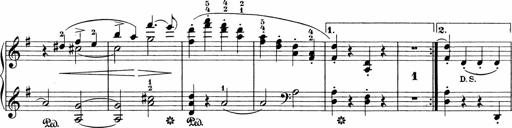
Title: Sonatinen Op.47, 98 und 136, nebst 6 Liedersonatinen
Composer: Carl Reinecke